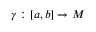
\gamma : [ a , b ] \to M